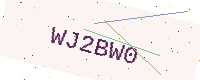
Text: WJ2BW0